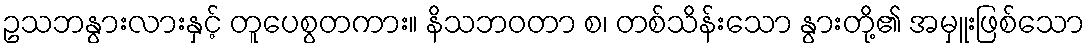
ဥသဘနွားလားနှင့် တူပေစွတကား။ နိသဘဝတာ စ၊ တစ်သိန်းသော နွားတို့၏ အမှူးဖြစ်သော